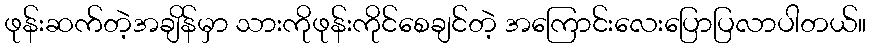
ဖုန်းဆက်တဲ့အချိန်မှာ သားကိုဖုန်းကိုင်စေချင်တဲ့ အကြောင်းလေးပြောပြလာပါတယ်။